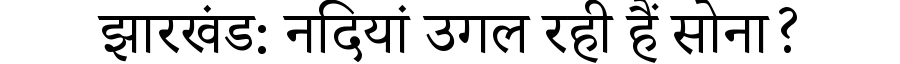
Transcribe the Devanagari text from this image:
झारखंड: नदियां उगल रही हैं सोना?